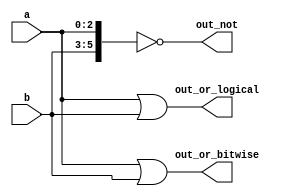
`timescale 1ns / 1ps
//////////////////////////////////////////////////////////////////////////////////
// Company: 
// Engineer: 
// 
// Design Name: 
// Module Name: Vectorgates
// Project Name: 
// Target Devices: 
// Tool Versions: 
// Description: 
// 
// Dependencies: 
// 
// Revision:
// Revision 0.01 - File Created
// Additional Comments:
// 
//////////////////////////////////////////////////////////////////////////////////


module Vectorgates(
    input [2:0] a,
    input [2:0] b,
    output [2:0] out_or_bitwise,
    output out_or_logical,
    output [5:0] out_not
    );
	
	assign	out_or_bitwise=a|b;
	assign	out_or_logical=a||b;
	assign	out_not=~{b,a};
endmodule